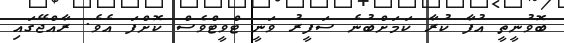
ބޮވުނީތީ އުފާ ކުރާ ކަމަށްބުނެ ސަފީރު ވަނީ ޓްވީޓްވެސް ކޮށްފަ އެވެ. ރާއްޖޭގައި